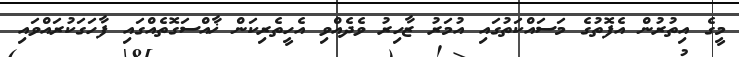
މީގެ އިތުރުން އެފޮތުގެ މަސައްކަތުގައި އުމަރު ޒާހިރު ވެދެއްވި އެހީތެރިކަން ޚާއްސަގޮތެއްގައި ފާހަގަކުރައްވައި